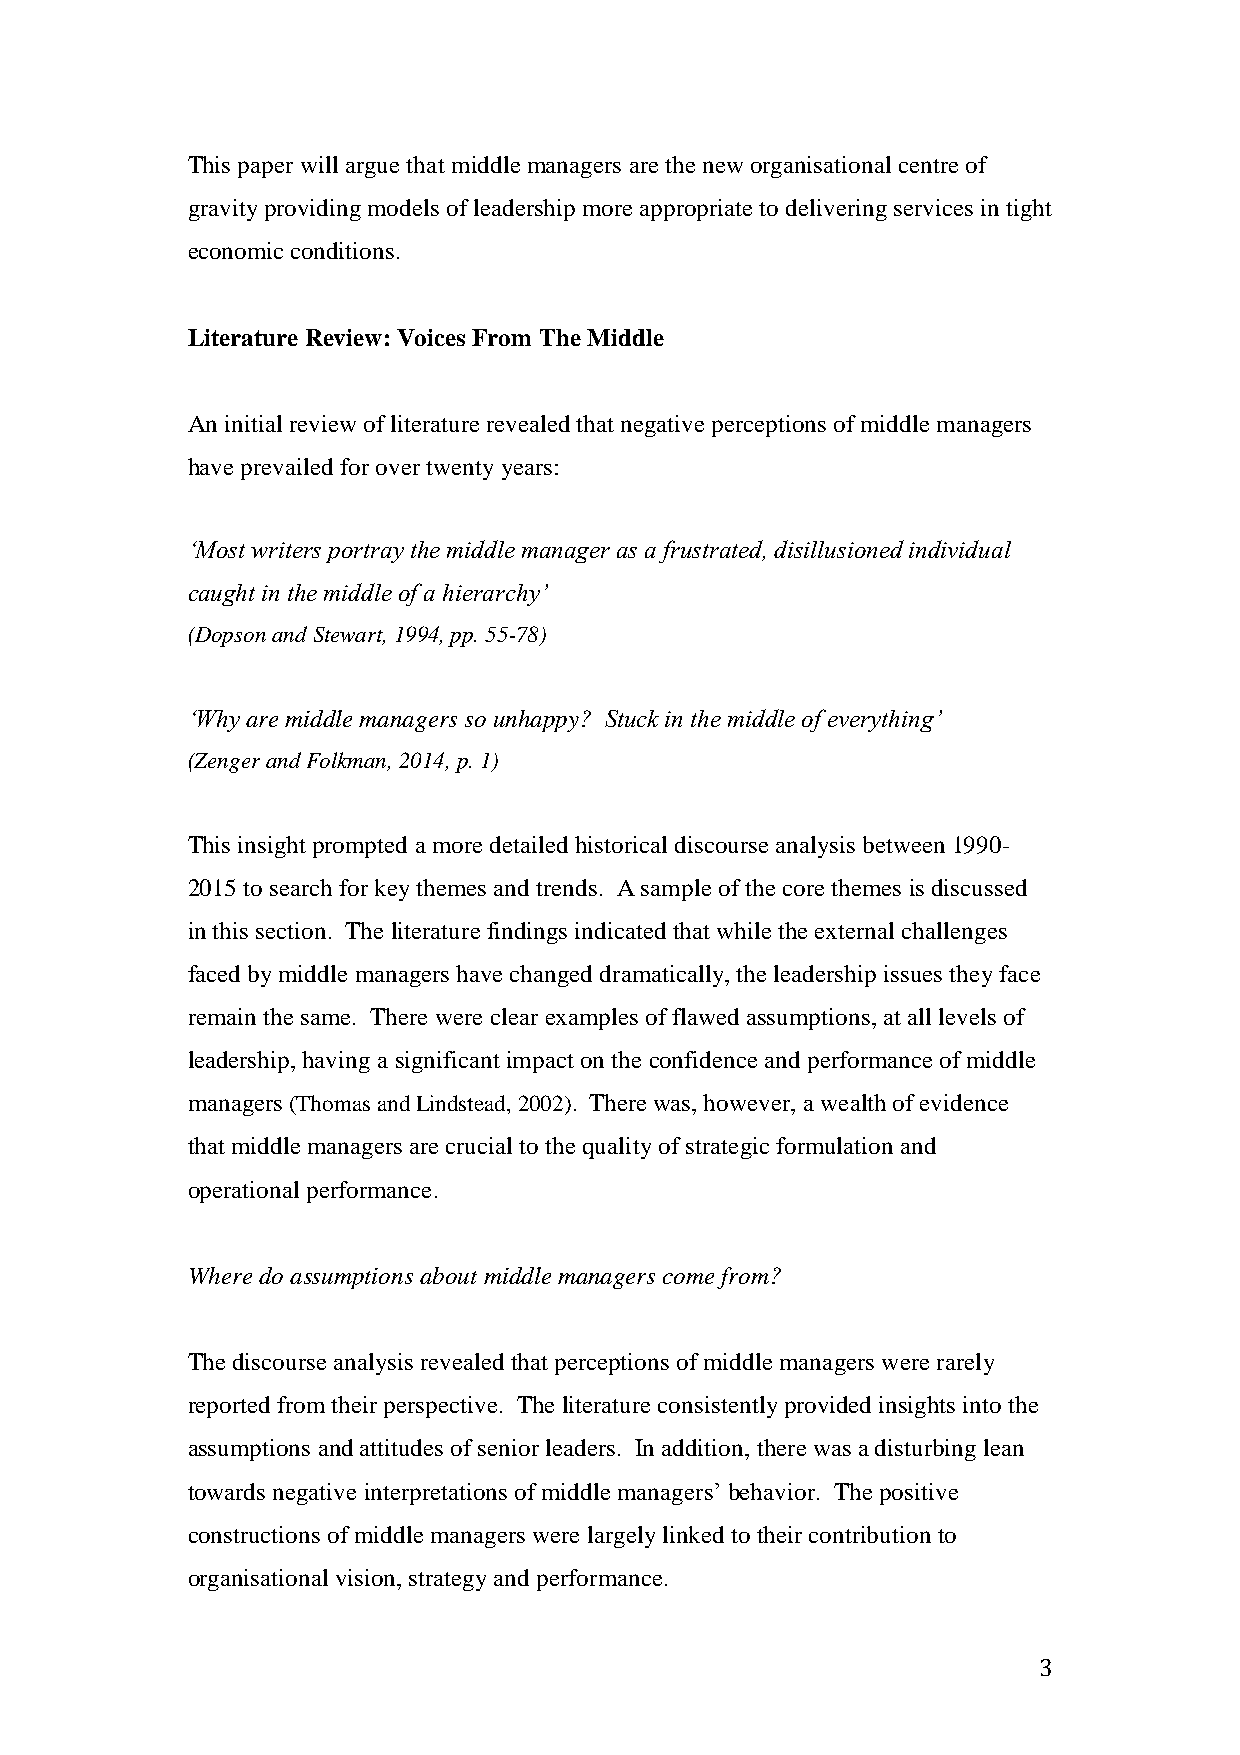
This paper will argue that middle managers are the new organisational centre of
 gravity providing models of leadership more appropriate to delivering services in tight
 economic conditions.
 Literature Review: Voices From The Middle
 An initial review of literature revealed that negative perceptions of middle managers
 have prevailed for over twenty years:
 ‘Most writers portray the middle manager as a frustrated, disillusioned individual
 caught in the middle of a hierarchy’
 (Dopson and Stewart, 1994, pp. 55-78)
 ‘Why are middle managers so unhappy? Stuck in the middle of everything’
 (Zenger and Folkman, 2014, p. 1)
 This insight prompted a more detailed historical discourse analysis between 1990-
 2015 to search for key themes and trends. A sample of the core themes is discussed
 in this section. The literature findings indicated that while the external challenges
 faced by middle managers have changed dramatically, the leadership issues they face
 remain the same. There were clear examples of flawed assumptions, at all levels of
 leadership, having a significant impact on the confidence and performance of middle
 managers (Thomas and Lindstead, 2002). There was, however, a wealth of evidence
 that middle managers are crucial to the quality of strategic formulation and
 operational performance.
 Where do assumptions about middle managers come from?
 The discourse analysis revealed that perceptions of middle managers were rarely
 reported from their perspective. The literature consistently provided insights into the
 assumptions and attitudes of senior leaders. In addition, there was a disturbing lean
 towards negative interpretations of middle managers’ behavior. The positive
 constructions of middle managers were largely linked to their contribution to
 organisational vision, strategy and performance.
 3